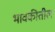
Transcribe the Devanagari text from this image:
भावकीतील